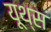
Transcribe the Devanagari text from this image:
यूथ्स